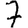
Digit: 7